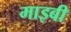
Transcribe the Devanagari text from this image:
माइबी